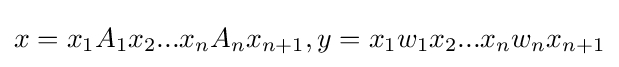
x=x_{1}A_{1}x_{2}...x_{n}A_{n}x_{n+1},y=x_{1}w_{1}x_{2}...x_{n}w_{n}x_{n+1}